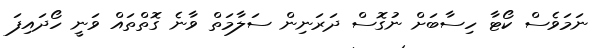
ނަމަވެސް ކޯޓާ ހިސާބަށް ނުގޮސް ދަރަނިން ސަލާމަތް ވާނެ ގޮތްތައް ވަނީ ހޯދައިފަ